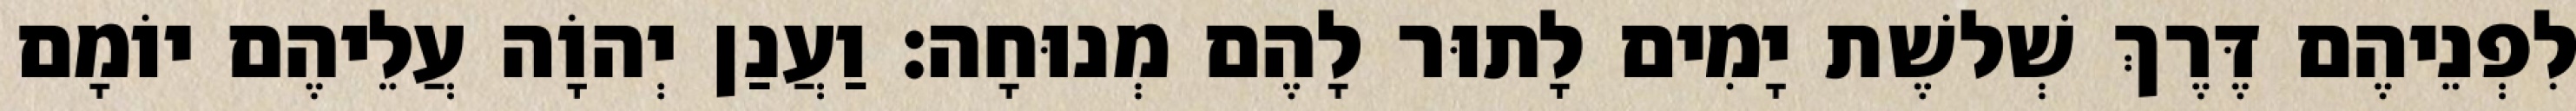
לִפְנֵיהֶם דֶּרֶךְ שְׁלשֶׁת יָמִים לָתוּר לָהֶם מְנוּחָה׃ וַעֲנַן יְהוָֹה עֲלֵיהֶם יוֹמָם